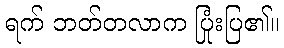
ရက် ဘတ်တလာက ပြုံးပြ၏။